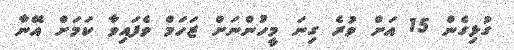
ގުޅިގެން 15 އަށް ވުރެ ގިނަ މީހުންނަށް ޒަހަމް ވެފައިވާ ކަމަށް އޭނާ